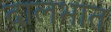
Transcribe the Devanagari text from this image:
दालभात